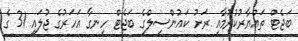
ބަޖެޓް ތައްޔާރުކުރުމާއި ރަށު ކައުންސިލްގެ ބަޖެޓް ހިނގާ އަހަރުގެ ޖުލައި 31 ގެ